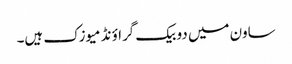
ساون میں دو بیک گراؤنڈ میوزک ہیں۔